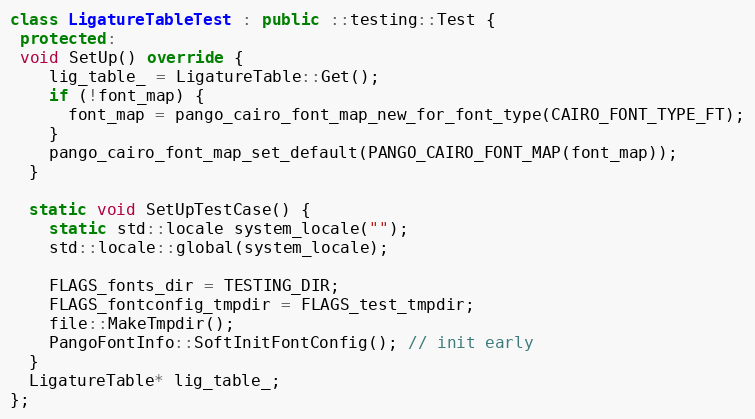
Language: C++
class LigatureTableTest : public ::testing::Test {
 protected:
 void SetUp() override {
    lig_table_ = LigatureTable::Get();
    if (!font_map) {
      font_map = pango_cairo_font_map_new_for_font_type(CAIRO_FONT_TYPE_FT);
    }
    pango_cairo_font_map_set_default(PANGO_CAIRO_FONT_MAP(font_map));
  }

  static void SetUpTestCase() {
    static std::locale system_locale("");
    std::locale::global(system_locale);

    FLAGS_fonts_dir = TESTING_DIR;
    FLAGS_fontconfig_tmpdir = FLAGS_test_tmpdir;
    file::MakeTmpdir();
    PangoFontInfo::SoftInitFontConfig(); // init early
  }
  LigatureTable* lig_table_;
};